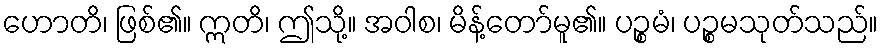
ဟောတိ၊ ဖြစ်၏။ ဣတိ၊ ဤသို့။ အဝါစ၊ မိန့်တော်မူ၏။ ပဉ္စမံ၊ ပဉ္စမသုတ်သည်။